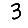
Digit: 3